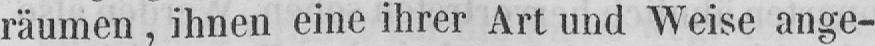
räumen, ihnen eine ihrer Art und Weise ange-